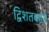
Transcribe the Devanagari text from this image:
द्विशतकाने